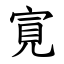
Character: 㝟